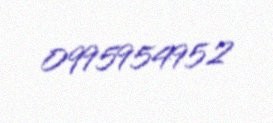
0995954952